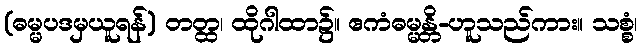
(ဓမ္မပဒမှယူရန်) တတ္ထ၊ ထိုဂါထာ၌။ ဧကံဓမ္မန္တိ-ဟူသည်ကား။ သစ္စံ၊